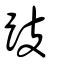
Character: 跂